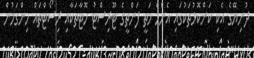
ދުނިޔޭގެ އެކި ކަންކޮޅުތަކުގައި އެންމެ މަތީ ފަންތީގެ ޓޫރިސްޓު ހޮޓާތަކާއި ރިސޯޓްތައް ހިންގަމުން